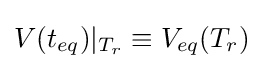
V(t_{eq})|_{T_{r}}\equiv V_{eq}(T_{r})